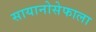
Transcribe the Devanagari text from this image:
सायानोसेफाला